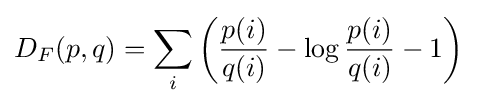
D_{F}(p,q)=\sum _{i}\left({\frac {p(i)}{q(i)}}-\log {\frac {p(i)}{q(i)}}-1\right)